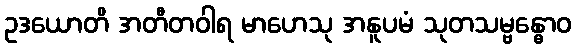
ဥဒယောတိ အတီတဝါရ မာဟေသု အနူပမံ သုတသမ္ဗန္ဓောဝ